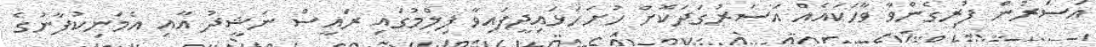
އަސަރުން ފުރިގެންވާ ވާހަކައެއް އަސަރުގަދަކޮށް ހުށަހަޅައިދީފައިވާ ފިލްމުގައި ރައީސް ނަޝީދު އާއި އެމަނިކުފާނުގެ